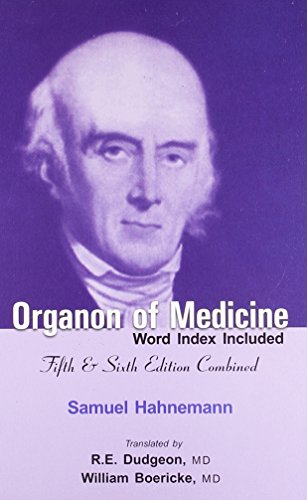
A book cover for Organon of Medicine; Samuel Hahnemann; Health, Fitness & Dieting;